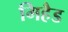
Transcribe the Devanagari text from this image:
मिहैड